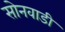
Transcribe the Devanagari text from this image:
सोनवाडी